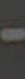
-